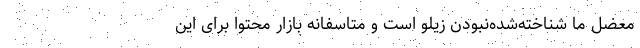
معضل ما شناخته‌شده‌نبودن زیلو است و متاسفانه بازار محتوا برای این